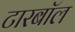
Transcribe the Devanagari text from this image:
टारबॉल